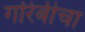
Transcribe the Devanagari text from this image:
गरिबीचा